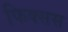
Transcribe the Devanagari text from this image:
फिक्सस